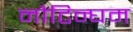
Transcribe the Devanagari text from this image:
नौटिन्घम